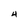
Character: 4